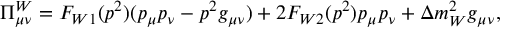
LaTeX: \Pi _ { \mu \nu } ^ { W } = F _ { W 1 } ( p ^ { 2 } ) ( p _ { \mu } p _ { \nu } - p ^ { 2 } g _ { \mu \nu } ) + 2 F _ { W 2 } ( p ^ { 2 } ) p _ { \mu } p _ { \nu } + \Delta m _ { W } ^ { 2 } g _ { \mu \nu } ,